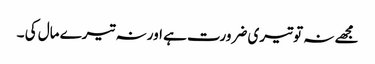
مجھے نہ تو تیری ضرورت ہے اور نہ تیرے مال کی ۔